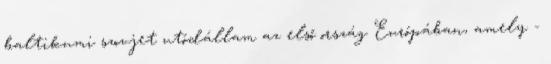
baltikumi szovjet utódállam az első ország Európában, amely -